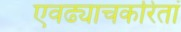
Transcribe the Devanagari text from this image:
एवढ्याचकरितां